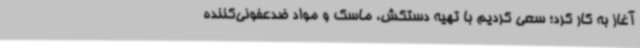
آغاز به کار کرد؛ سعی کردیم با تهیه دستکش، ماسک و مواد ضدعفونی‌کننده